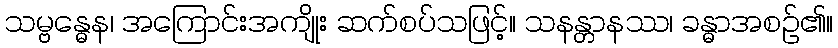
သမ္ဗန္ဓေန၊ အကြောင်းအကျိုး ဆက်စပ်သဖြင့်။ သနန္တာနဿ၊ ခန္ဓာအစဉ်၏။